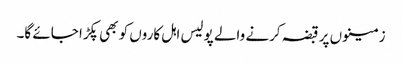
زمینوں پر قبضہ کرنے والے پولیس اہل کاروں کو بھی پکڑا جائے گا۔